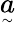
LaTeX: \underset{^{\sim}}{a}